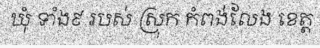
ឃុំ ទាំង៩ របស់ ស្រុក កំពង់លែង ខេត្ត